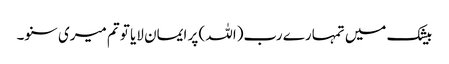
بیشک میں تمہارے رب(اللہ ) پر ایمان لایا تو تم میری سنو۔